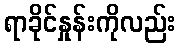
ရာခိုင်နှုန်းကိုလည်း